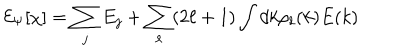
LaTeX: { \cal E } _ { \Psi } [ \chi ] = \sum _ { j } E _ { j } + \sum _ { \ell } ( 2 \ell + 1 ) \int d k \rho _ { \ell } ( k ) E ( k )